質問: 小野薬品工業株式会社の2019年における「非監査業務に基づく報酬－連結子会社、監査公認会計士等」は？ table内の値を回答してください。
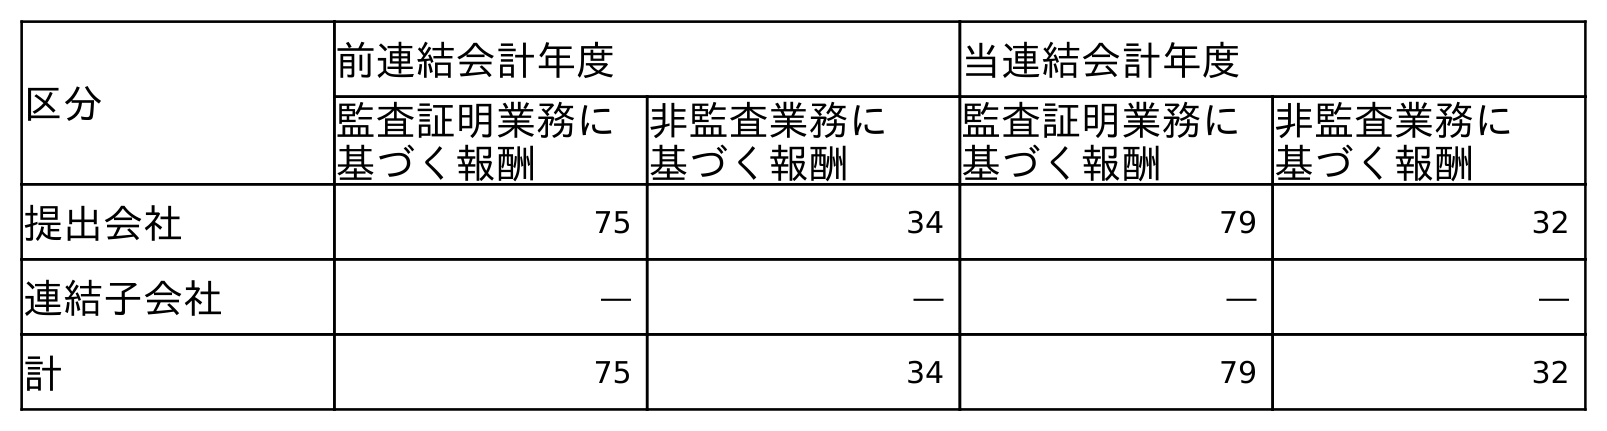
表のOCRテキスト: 区分 前連結会計年度 当連結会計年度 監査証明業務に 基づく報酬 非監査業務に 基づく報酬 監査証明業務に 基づく報酬 非監査業務に 基づく報酬 提出会社 75 34 79 32 連結子会社 ― ― ― ― 計 75 34 79 32
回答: ―